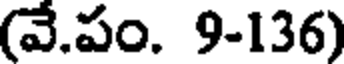
(వే.పం. 9-136)